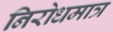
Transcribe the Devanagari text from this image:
निरोधमात्र